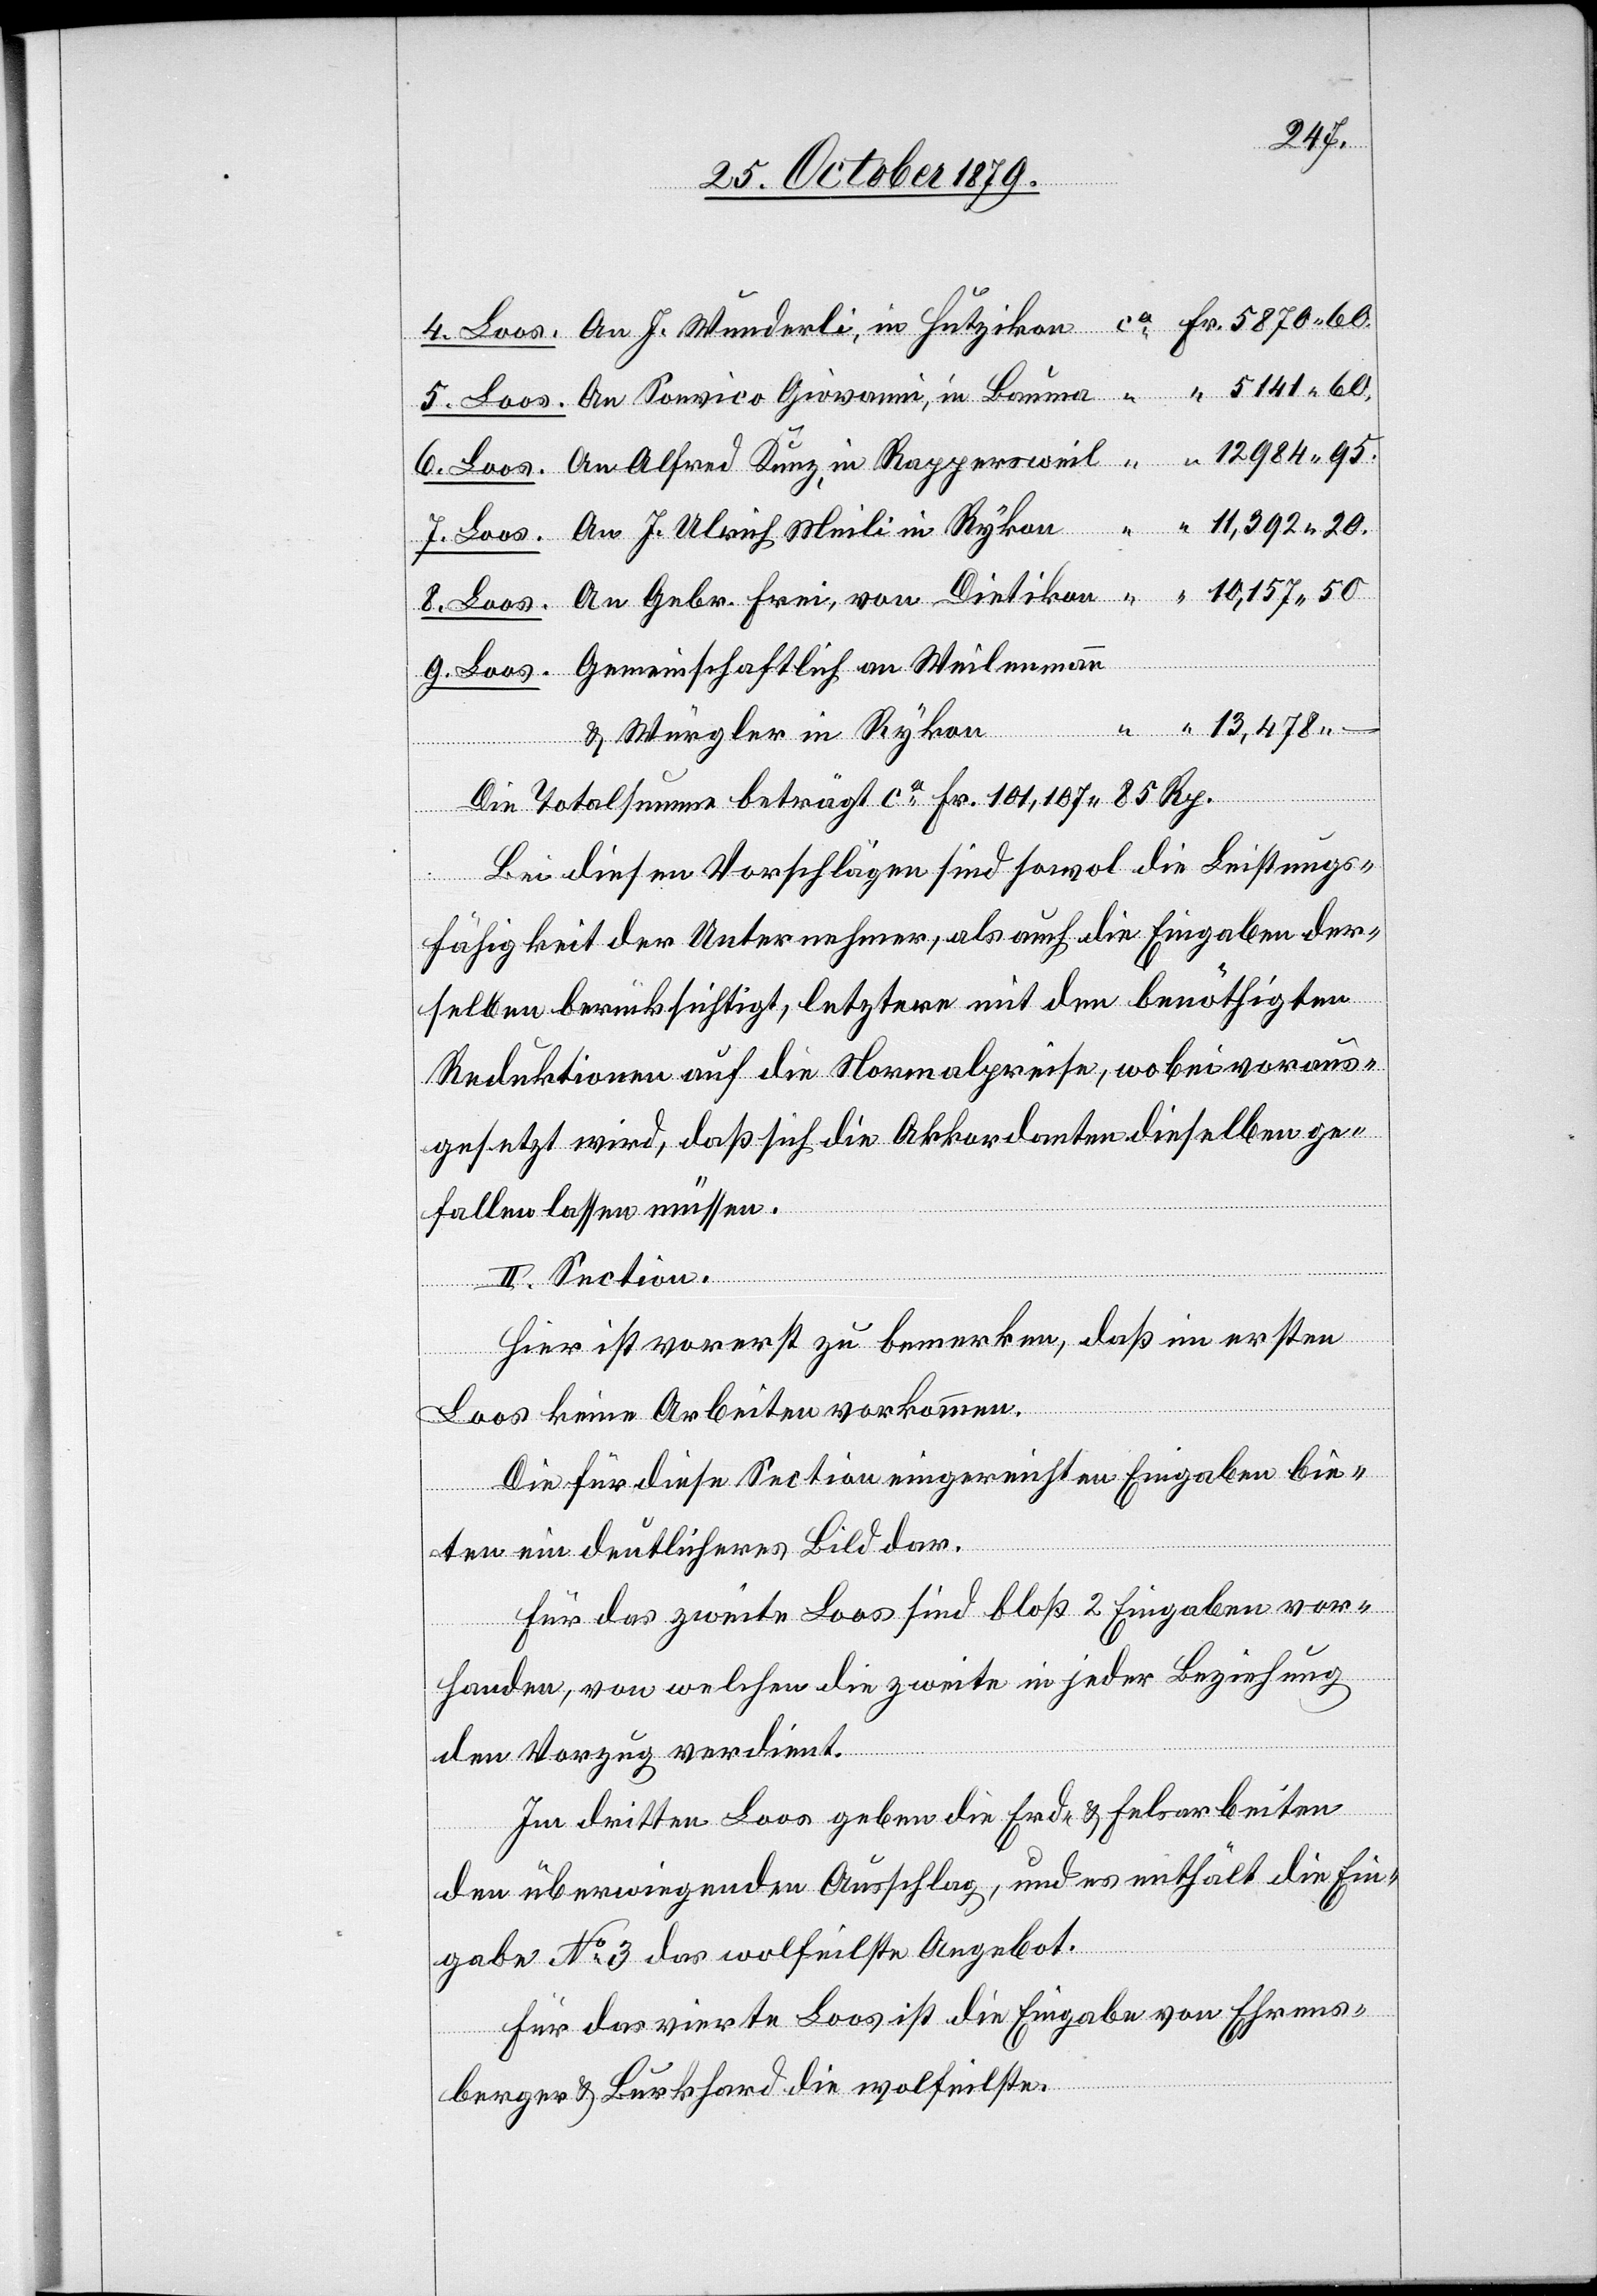
Loos.
20.
& Würgler in Rykon
Die Totalsumme beträgt ca Fr. 101,107 85 Rp.
Bei diesen Vorschlägen sind sowol die Leistungs¬
fähigkeit der Unternehmer, als auch die Eingaben der¬
selben berücksichtigt, letztere mit den benöthigten
Reduktionen auf die Normalpreise, wobei voraus¬
gesetzt wird, das sich die Akkordanten dieselben ge¬
fallen lassen müssen.
II. Section.
Hier ist vorerst zu bemerken, das im ersten
Loos keine Arbeiten vorkommen.
Die für diese Section eingereichten Eingaben bie¬
Weilenmann
ten ein deutliches Bild dar.
Für das zweite Loos sind bloß 2 Eingaben vor¬
an
handen, von welchen die zweite in jeder Beziehung
den Vorzug verdient.
Im dritten Loos geben die Erd- & Felsarbeiten
den überwiegenden Ausschlag, und es enthält die Ein¬
gabe No 3 das wolfeilste Angebot.
Für das vierte Loos ist die Eingabe von Ehrens¬
berger & Burkhard die wolfeilste.